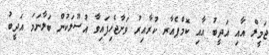
ޖަމީލް އާއި އަދީބު އާއި ކޮމްޕެއާރ ކުރާއިރު ވަށާޖެހިފައިވާ އުސޫލަކުން ބަލާނަމަ އަދީބު